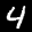
Label: 4